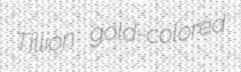
Tillion gold-colored